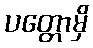
ပတ္တောမှိ